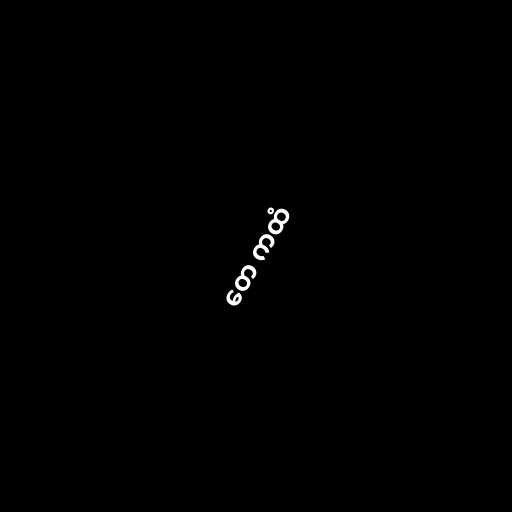
တေ ကထံ